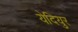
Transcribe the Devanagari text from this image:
येदियुर